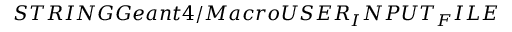
S T R I N G G e a n t 4 / M a c r o U S E R _ { I } N P U T _ { F } I L E